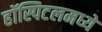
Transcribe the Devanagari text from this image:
हॉस्पिटलमध्यें